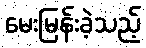
မေးမြန်းခဲ့သည့်